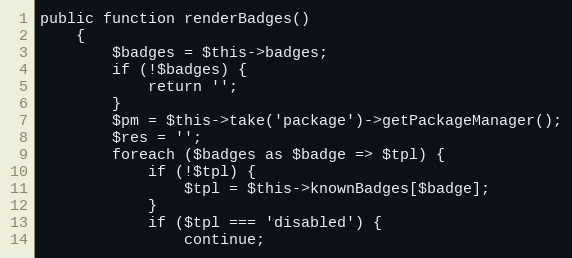
Language: PHP
public function renderBadges()
    {
        $badges = $this->badges;
        if (!$badges) {
            return '';
        }
        $pm = $this->take('package')->getPackageManager();
        $res = '';
        foreach ($badges as $badge => $tpl) {
            if (!$tpl) {
                $tpl = $this->knownBadges[$badge];
            }
            if ($tpl === 'disabled') {
                continue;